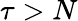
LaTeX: \tau>N